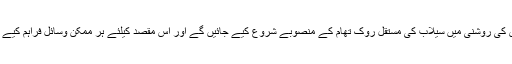
ان رپورٹس کی روشنی میں سیلاب کی مستقل روک تھام کے منصوبے شروع کیے جائیں گے اور اس مقصد کیلئے ہر ممکن وسائل فراہم کیے جائیں گے۔